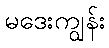
မဒေးကျွန်း